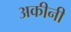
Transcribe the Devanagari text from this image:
अकीनी